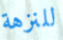
للنزهة